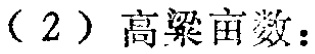
（2）高粱亩数：